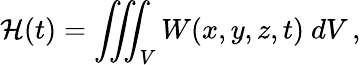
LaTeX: \mathcal H(t)=\iiint_{V}W(x,y,z,t)\ dV\, ,